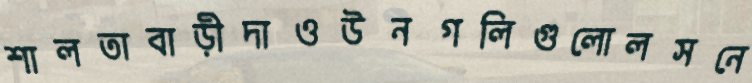
শালতাবাড়ীদাওউনগলিগুলোলসনে